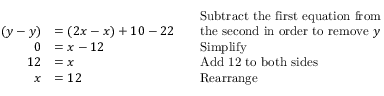
{ \begin{array} { r l r l } & { } & & { { \mathrm { S u b t r a c t ~ t h e ~ f i r s t ~ e q u a t i o n ~ f r o m } } } \\ { ( y - y ) } & { = ( 2 x - x ) + 1 0 - 2 2 } & & { { \mathrm { t h e ~ s e c o n d ~ i n ~ o r d e r ~ t o ~ r e m o v e ~ } } y } \\ { 0 } & { = x - 1 2 } & & { { \mathrm { S i m p l i f y } } } \\ { 1 2 } & { = x } & & { { \mathrm { A d d ~ 1 2 ~ t o ~ b o t h ~ s i d e s } } } \\ { x } & { = 1 2 } & & { { \mathrm { R e a r r a n g e } } } \end{array} }